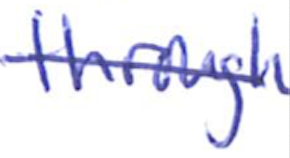
Text: through
Cross-out: diagonal
Writing tool: ballpoint